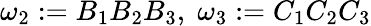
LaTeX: \omega_{2}:=B_{1}B_{2}B_{3},\; \omega_{3}:=C_{1}C_{2}C_{3}